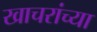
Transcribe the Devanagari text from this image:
खाचरांच्या